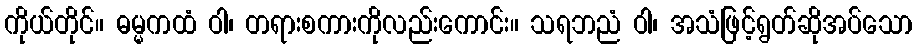
ကိုယ်တိုင်။ ဓမ္မကထံ ဝါ၊ တရားစကားကိုလည်းကောင်း။ သရဘညံ ဝါ၊ အသံဖြင့်ရွတ်ဆိုအပ်သော